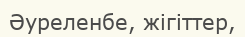
Әуреленбе, жігіттер,